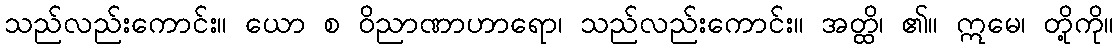
သည်လည်းကောင်း။ ယော စ ဝိညာဏာဟာရော၊ သည်လည်းကောင်း။ အတ္ထိ၊ ၏။ ဣမေ၊ တို့ကို။